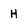
Character: H